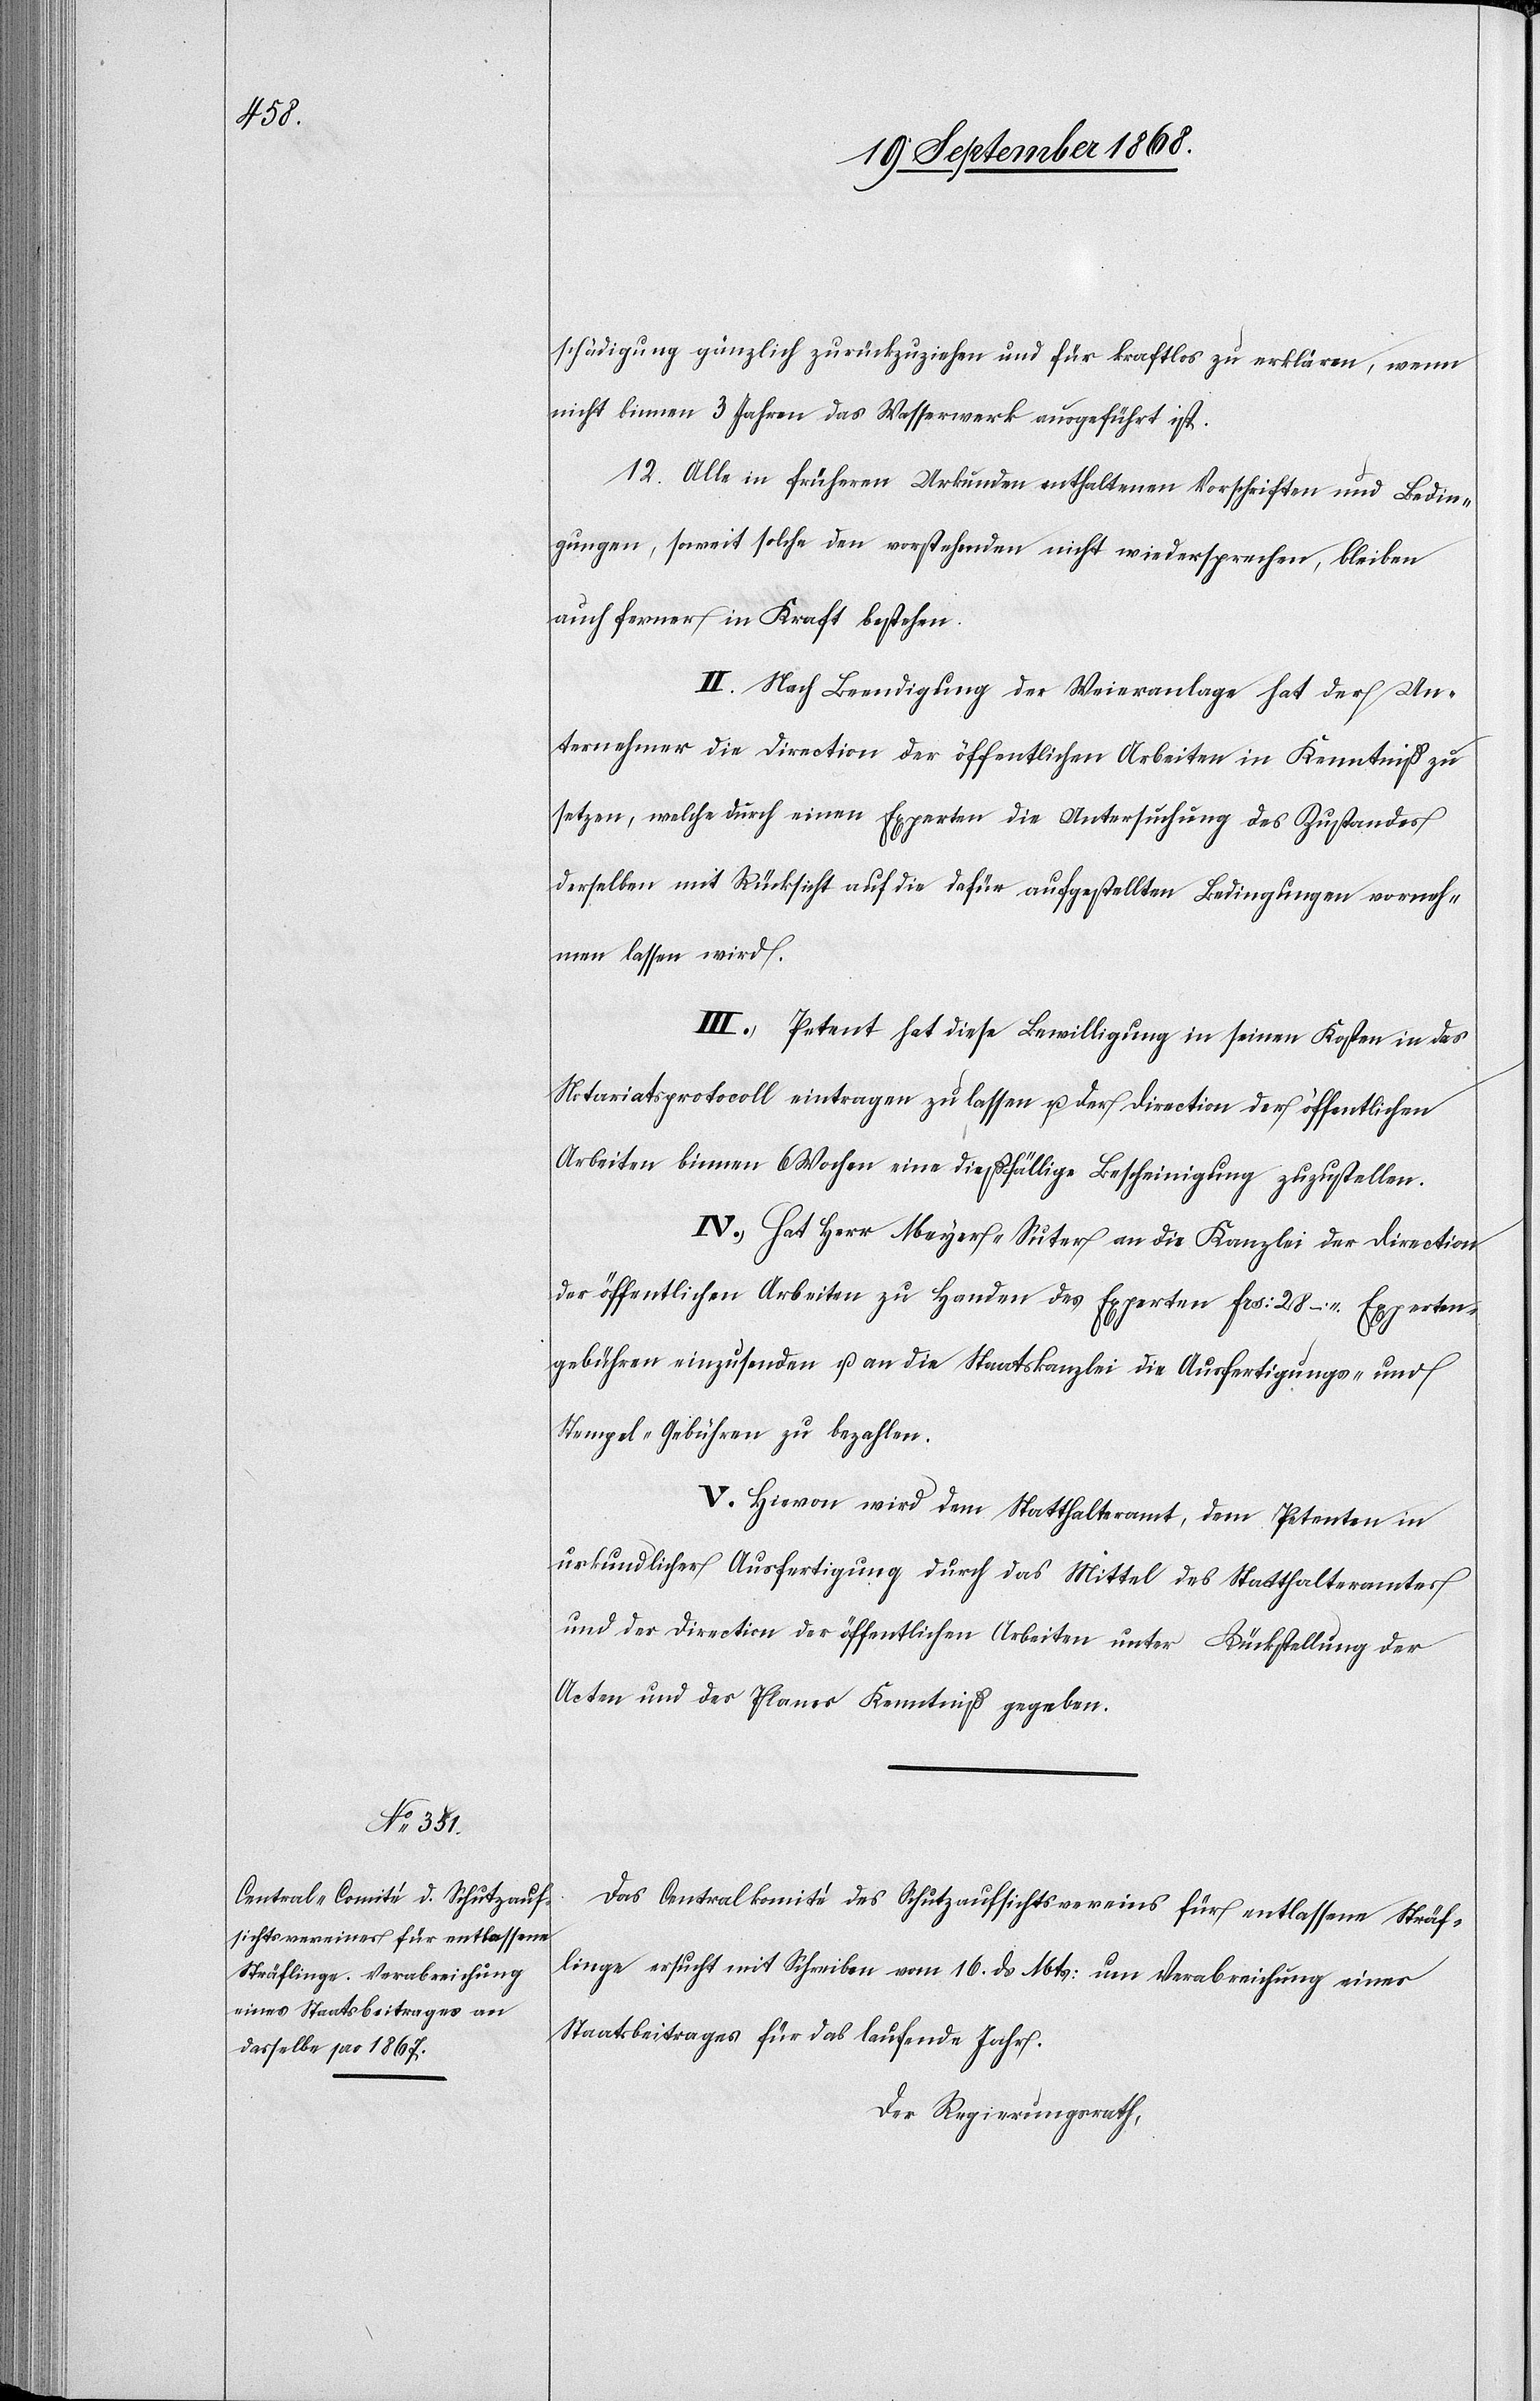
schädigung gänzlich zurückzuziehen und für kraftlos zu erklären, wenn
nicht binnen 3 Jahren das Wasserwerk ausgeführt ist.
12. Alle in früheren Urkunden enthaltenen Vorschriften und Bedin¬
gungen, soweit solche den vorstehenden nicht wiedersprechen, bleiben
auch ferner in Kraft bestehen.
II. Nach Beendigung der Weieranlage hat der Un¬
ternehmer die Direction der öffentlichen Arbeiten in Kenntniß zu
setzen, welche durch einen Experten die Untersuchung des Zustandes
derselben mit Rücksicht auf die dafür aufgestellten Bedingungen vorneh¬
men lassen wird.
III. Petent hat diese Bewilligung in seinen Kosten in das
Notariatsprotocoll eintragen zu lassen u. der Direction der öffentlichen
Arbeiten binnen 6 Wochen eine dießfällige Bescheinigung zuzustellen.
IV. Hat Herr Meyer-Suter an die Kanzlei der Direction
der öffentlichen Arbeiten zu Handen des Experten Frs: 28 – Experten¬
gebühren einzusenden u. an die Staatskanzlei die Ausfertigungs- und
Stempel-Gebühren zu bezahlen.
V. Hievon wird dem Statthalteramt, dem Petenten in
urkundlicher Ausfertigung durch das Mittel des Statthalteramtes
und der Direction der öffentlichen Arbeiten unter Rückstellung der
Acten und des Planes Kenntniß gegeben.
Das Centralkomité des Schutzaufsichtsvereins für entlassene Sträf¬
linge ersucht mit Schreiben vom 16. ds Mts: um Verabreichung eines
Staatsbeitrages für das laufende Jahr.
Der Regierungsrath,